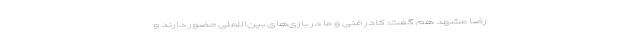
رضا مشهد هم گفت: کادر فنی و ما در بازی‌های بین‌اللملی حضور دارند و